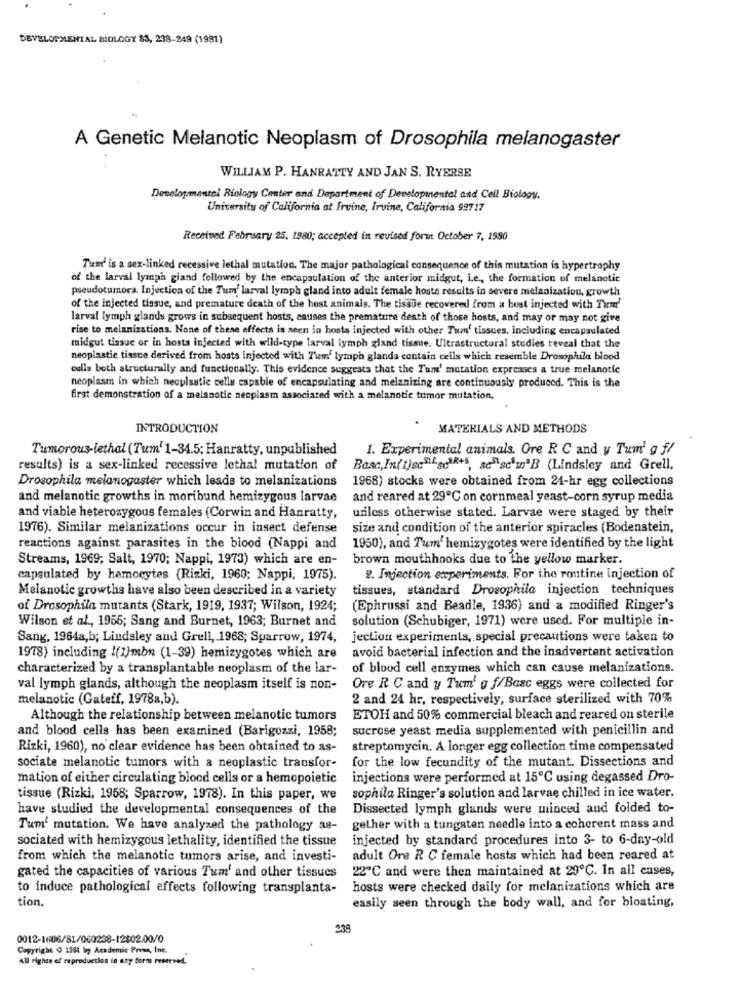
DEVELOPMENTAL BIOLOGY 83, 238-249 (1981)
A Genetic Melanotic Neoplasm of Drosophila melanogaster
WILLIAM P. HANRATTY AND JAN S. RYERSE
Developmentel Riology Center and Department of Developmental and Cell Biology,
University of California at Irvine, Irvine, California 99717
Received February 25, 1980; accepted in revised forut October 7, 1980
Tum' is a sex-linked recessive lethal mutation. The major pathological consequence of this mutation is hypertrophy
of the larval lymph giand followed by the encapsulation of the anterior midgut, i.e ., the formation of melanotic
pseudotumora. Injection of the Tum' larval lymph gland into adult female hosts results in severe melanization, growth
of the injected tissue, and premature death of the host animals. The tissue recovered from a host injected with Them'
larval lymph glands grows in subsequent hosts, causes the premature death of those hosts, and may or may not give
rise to melanizations. None of these effects is seen in hosts injected with other Tum' tissues, including encapsulated
midgut tissue or in hosts injected with wild-type larval lymph gland tissue. Ultrastructural studies reveal that the
neoplastic tissue derived from hosts injected with Them' lymph glands contain cells which resemble Drosophila blood
culla both structurally and functionally. This evidence suggests that the Tum' mutation expresses a true melanotic
neoplasm in which neoplastic cells espable of encapsulating and melanizing are continuously produced. This is the
firat demonstration of a melanotie neoplasm associated with a melanotic tumor mutation.
.
INTRODUCTION
MATERIALS AND METHODS
Tumorous-lethal (Tum' 1-34.5; Hanratty, unpublished
1. Experimental animals. Ore R C and y Tum' g f/
results) is a sex-linked recessive lethal mutation of
Basc,In(i)scSi-sciR+5, sc"schu'B (Lindsley and Grell,
Drosophila melanogaster which leads to melanizations
1968) stocks were obtained from 24-hr egg collections
and melanotic growths in moribund hemizygous larvae
and reared at 29℃ on cornmeal yeast-corn syrup media
and viable heterozygous females (Corwin and Hanratty,
unless otherwise stated. Larvae were staged by their
1976). Similar melanizations occur in insect defense
size and condition of the anterior spiracles (Bodenstein,
reactions against parasites in the blood (Nappi and
1950), and Tum' hemizygotes were identified by the light
Streams, 1969; Salt, 1970; Nappi, 1973) which are en-
brown mouthhooks due to the yellow marker.
capsulated by hemocytes (Rizki, 1960; Nappi, 1975).
2. Injection experiments. For the routine injection of
Melanotic growths have also been described in a variety
tissues, standard Drosophila injection techniques
of Drosophila mutants (Stark, 1919, 1937; Wilson, 1924;
(Ephrussi and Beadle, 1936) and a modified Ringer's
Wilson et al ., 1955; Sang and Burnet, 1963; Burnet and
solution (Schubiger, 1971) were used. For multiple in-
Sang, 1964a,b; Lindsley and Grell, 1968; Sparrow, 1974,
jection experiments, special precautions were taken to
avoid bacterial infection and the inadvertent activation
1978) including !(1)mbn (1-39) hemizygotes which are
characterized by a transplantable neoplasm of the lar-
of blood cell enzymes which can cause melanizations.
val lymph glands, although the neoplasm itself is non-
Ore R C and y Tum' g f/Basc eggs were collected for
melanotic (Gateff, 1978a,b).
2 and 24 hr, respectively, surface sterilized with 70%
Although the relationship between melanotic tumors
ETOH and 50% commercial bleach and reared on sterile
and blood cells has been examined (Barigozzi, 1958;
sucrose yeast media supplemented with penicillin and
Rizki, 1960), no clear evidence has been obtained to as-
streptomycin. A longer egg collection time compensated
sociate melanotic tumors with a neoplastic transfor-
for the low fecundity of the mutant. Dissections and
mation of either circulating blood cells or a hemopoietic
injections were performed at 15℃ using degassed Dro-
tissue (Rizki, 1958; Sparrow, 1978). In this paper, we
sophila Ringer's solution and larvae chilled in ice water.
have studied the developmental consequences of the
Dissected lymph glands were minced and folded to-
Tum' mutation. We have analyzed the pathology as- gether with a tungsten needle into a coherent mass and
sociated with hemizygous lethality, identified the tissue
injected by standard procedures into 3- to 6-day-old
from which the melanotic tumors arise, and investi-
adult Ore R C female hosts which had been reared at
22℃ and were then maintained at 29℃. In all cases,
gated the capacities of various Tum' and other tissues
to induce pathological effects following transplanta-
hosts were checked daily for melanizations which are
tion.
easily seen through the body wall, and for bloating,
238
0012-1606/81/060238-12802.00/0
Copyright ( 1981 by Academic Press, Inc.
All rights of reproduction in any form reserved.